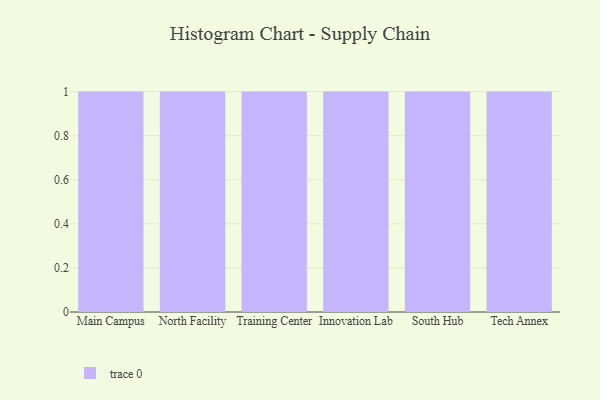
{"axis": {"x": "Campus", "y": "Humidity (%)"}, "legend": [""], "data": [{"x": "Main Campus", "y": 18, "type": ""}, {"x": "North Facility", "y": 31, "type": ""}, {"x": "Training Center", "y": 64, "type": ""}, {"x": "Innovation Lab", "y": 81, "type": ""}, {"x": "South Hub", "y": 85, "type": ""}, {"x": "Tech Annex", "y": 22, "type": ""}]}